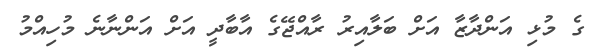
ގެ މުޅި އަންދާޒާ އަށް ބަލާއިރު ރާއްޖޭގެ އާބާދީ އަށް އަންނާނެ މުހިއްމު